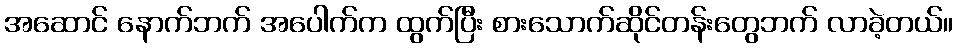
အဆောင် နောက်ဘက် အပေါက်က ထွက်ပြီး စားသောက်ဆိုင်တန်းတွေဘက် လာခဲ့တယ်။